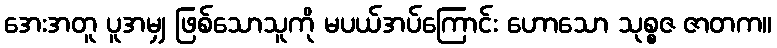
အေးအတူ ပူအမျှ ဖြစ်သောသူကို မပယ်အပ်ကြောင်း ဟောသော သုစ္စဇ ဇာတက။